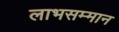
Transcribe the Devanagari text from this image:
लाभसम्मान